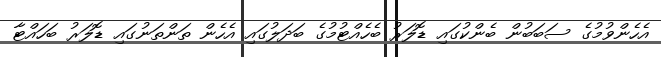
އެހެންވުމުގެ ސަބަބުން ބެންކުގައި ޑޮލަރު ބެހެއްޓުމުގެ ބަދަލުގައި އެހެން ތަންތަނުގައި ޑޮލަރު ބަހައްޓާ